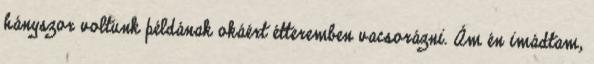
hányszor voltunk példának okáért étteremben vacsorázni. Ám én imádtam,